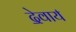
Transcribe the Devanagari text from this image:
दे॒वाय॑